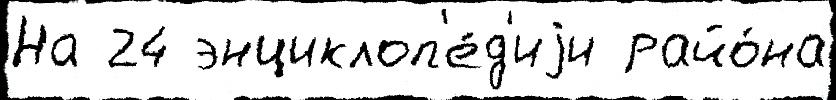
На 24 энциклоп'е́д'иjи райо́на